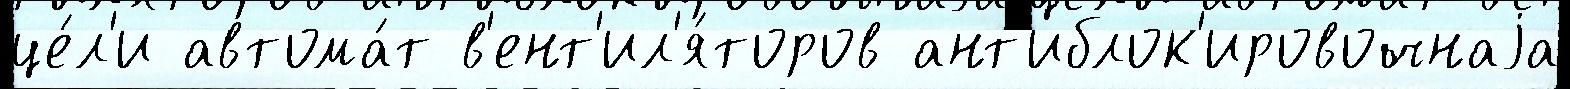
це́л'и автома́т в'ент'ил'я́торов ант'иблок'ировочнаjа